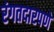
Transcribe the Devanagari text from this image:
रंगतदारपणे